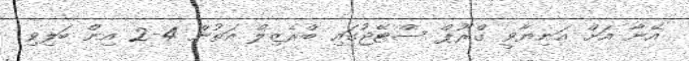
އޭނާ އަށް އަނިޔާވީ ގްރޫޕް ސްޓޭޖުގައި ބްރެޒިލް އަތުން 4-2 އިން ބަލިވި